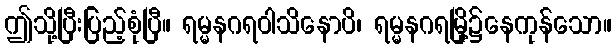
ဤသို့ပြီးပြည့်စုံပြီ။ ရမ္မနဂရဝါသိနောပိ၊ ရမ္မနဂရမြို့၌နေကုန်သော။